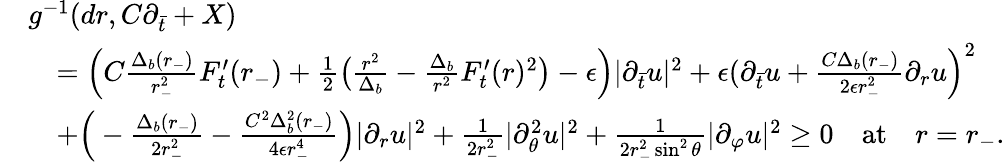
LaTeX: \begin{array}{rl}&{g^{-1}(dr,C\partial_{\bar{t}}+X)}\\ &{\quad=\Big(C\frac{\Delta_{b}(r_{-})}{r_{-}^{2}}F_{t}^{\prime}(r_{-})+\frac 12\big(\frac{r^{2}}{\Delta_{b}}-\frac{\Delta_{b}}{r^{2}}F_{t}^{\prime}(r)^{2}\big)-\epsilon\Big)\lvert\partial_{\bar{t}}u\rvert^{2}+\epsilon(\partial_{\bar{t}}u+\frac{C\Delta_{b}(r_{-})}{2\epsilon r_{-}^{2}}\partial_{r}u\Big)^{2}}\\ &{\quad+\Big(-\frac{\Delta_{b}(r_{-})}{2r_{-}^{2}}-\frac{C^{2}\Delta_{b}^{2}(r_{-})}{4\epsilon r_{-}^{4}}\Big)\lvert\partial_{r}u\rvert^{2}+\frac{1}{2r_{-}^{2}}\vert\partial_{\theta}^{2}u\vert^{2}+\frac{1}{2r_{-}^{2}\sin^{2}\theta}\vert\partial_{\varphi}u\vert^{2}\geq 0\quad\mathrm{at}\quad r=r_{-}.}\end{array}